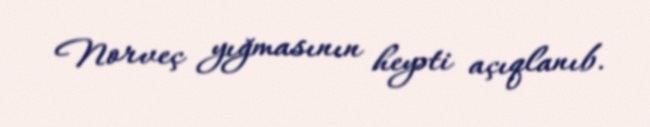
Norveç yığmasının heyəti açıqlanıb.